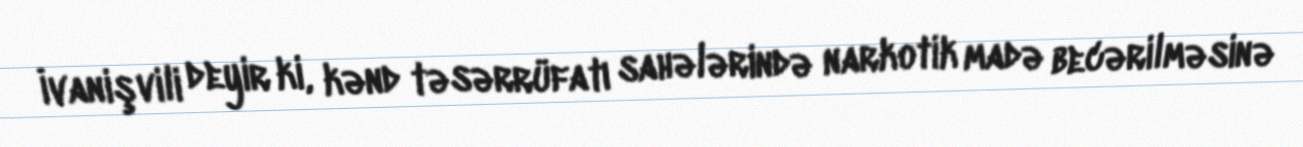
İvanişvili deyir ki, kənd təsərrüfatı sahələrində narkotik madə becərilməsinə